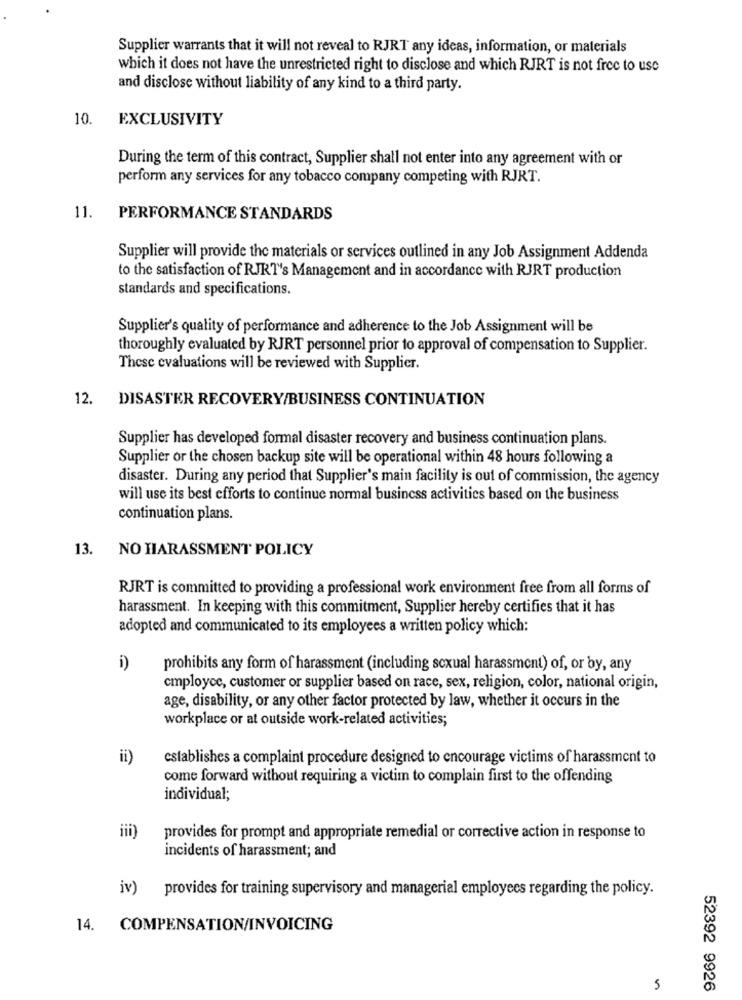
Supplier warrants that it will not reveal to RJRT any ideas, information, or materials
which it does not have the unrestricted right to disclose and which RJRT is not free to use
and disclose without liability of any kind to a third party.
10.
EXCLUSIVITY
During the term of this contract, Supplier shall not enter into any agreement with or
perform any services for any tobacco company competing with RJRT.
11.
PERFORMANCE STANDARDS
Supplier will provide the materials or services outlined in any Job Assignment Addenda
to the satisfaction of RJRT's Management and in accordance with RJRT production
standards and specifications.
Supplier's quality of performance and adherence to the Job Assignment will be
thoroughly evaluated by RJRT personnel prior to approval of compensation to Supplier.
These evaluations will be reviewed with Supplier.
12.
DISASTER RECOVERY/BUSINESS CONTINUATION
Supplier has developed formal disaster recovery and business continuation plans.
Supplier or the chosen backup site will be operational within 48 hours following a
disaster. During any period that Supplier's main facility is out of commission, the agency
will use its best efforts to continue normal business activities based on the business
continuation plans.
NO HARASSMENT POLICY
13.
RJRT is committed to providing a professional work environment free from all forms of
harassment. In keeping with this commitment, Supplier hereby certifies that it has
adopted and communicated to its employees a written policy which:
i)
prohibits any form of harassment (including sexual harassment) of, or by, any
cmployce, customer or supplier based on race, sex, religion, color, national origin,
age, disability, or any other factor protected by law, whether it occurs in the
workplace or at outside work-related activities;
ii)
establishes a complaint procedure designed to encourage victims of harassment to
come forward without requiring a victim to complain first to the offending
individual;
iii)
provides for prompt and appropriate remedial or corrective action in response to
incidents of harassment; and
iv)
provides for training supervisory and managerial employees regarding the policy.
14. COMPENSATION/INVOICING
5
52392 9926